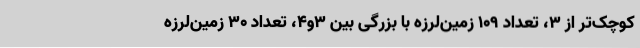
کوچک‌تر از ۳، تعداد ۱۰۹ زمین‌لرزه با بزرگی بین ۳و۴، تعداد ۳۰ زمین‌لرزه